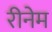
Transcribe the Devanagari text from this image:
रीनेम